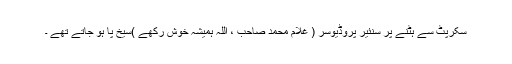
سکرپٹ سے ہٹنے پر سنئیر پروڈیوسر ( غلام محمد صاحب ، اللہ ہمیشہ خوش رکھے )سیخ پا ہو جاتے تھے ۔